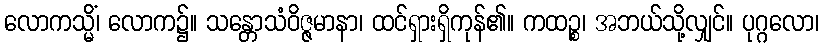
လောကသ္မိံ၊ လောက၌။ သန္တောသံဝိဇ္ဇမာနာ၊ ထင်ရှားရှိကုန်၏။ ကထဉ္စ၊ အဘယ်သို့လျှင်။ ပုဂ္ဂလော၊